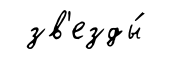
зв'езды́